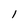
Character: l